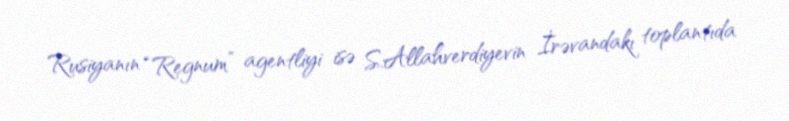
Rusiyanın “Regnum” agentliyi isə S.Allahverdiyevin İrəvandakı toplantıda